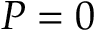
P = 0